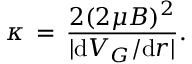
\kappa \, = \, \frac { 2 ( 2 \mu B ) ^ { 2 } } { | \mathrm { d } V _ { G } / \mathrm { d } r | } .